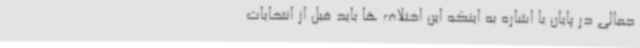
جمالی در پایان با اشاره به اینکه این اختلاف ها باید قبل از انتخابات